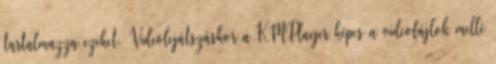
tartalmazza ezeket. Videólejátszáskor a KMPlayer képes a videofájlok mellé